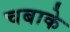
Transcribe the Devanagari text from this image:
चबाके